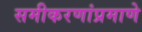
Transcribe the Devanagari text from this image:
समीकरणांप्रमाणे